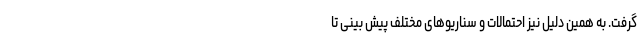
­گرفت. به ­همین دلیل نیز احتمالات و سناریوهای مختلف پیش­ بینی تا